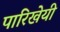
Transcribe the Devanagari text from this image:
पारिखेयी